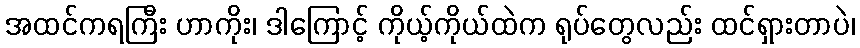
အထင်ကရကြီး ဟာကိုး၊ ဒါကြောင့် ကိုယ့်ကိုယ်ထဲက ရုပ်တွေလည်း ထင်ရှားတာပဲ၊